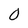
Character: 0